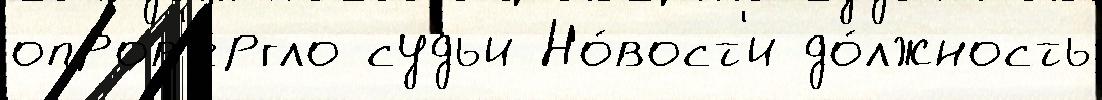
опров'е́ргло судьи Но́вост'и до́лжность